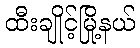
ထီးချိုင့်မြို့နယ်